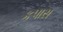
કપાસ